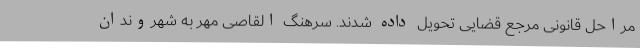
مراحل قانونی مرجع قضایی تحویل داده شدند. سرهنگ القاصی مهر به شهروندان